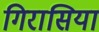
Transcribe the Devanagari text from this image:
गिरासिया